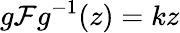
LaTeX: g\mathcal{F}g^{-1}(z)=kz